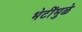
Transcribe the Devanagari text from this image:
भेटींमुळे